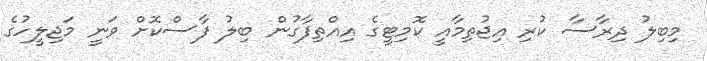
މިބިލު ދިރާސާ ކުރި އިޖުތިމާއީ ކޮމިޓީގެ އިއްތިފާގުން ބިލު ފާސްކޮށް ވަނީ މަޖިލީހުގެ